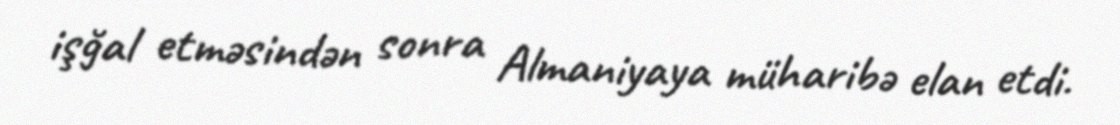
işğal etməsindən sonra Almaniyaya müharibə elan etdi.